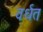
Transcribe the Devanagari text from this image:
वर्धत